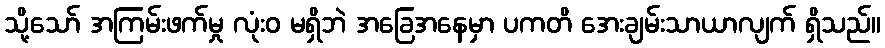
သို့သော် အကြမ်းဖက်မှု လုံးဝ မရှိဘဲ အခြေအနေမှာ ပကတိ အေးချမ်းသာယာလျက် ရှိသည်။